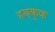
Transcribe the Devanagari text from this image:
हबकुक